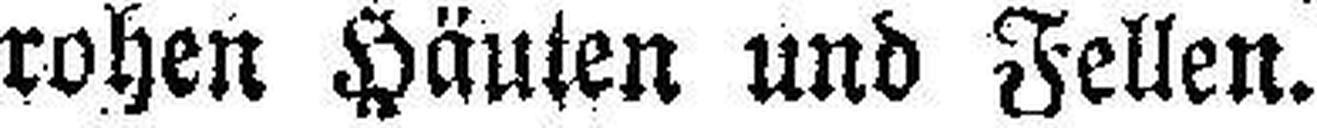
rohen Häuten und Fellen.